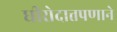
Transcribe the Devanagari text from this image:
धीरोदात्तपणाने